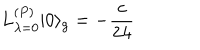
LaTeX: L _ { \lambda = 0 } ^ { ( P ) } | 0 \rangle _ { g } = - \frac { c } { 2 4 }